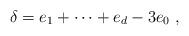
LaTeX: \begin{align*}\delta = e_1+\dots +e_{d} - 3 e_0\ ,\end{align*}